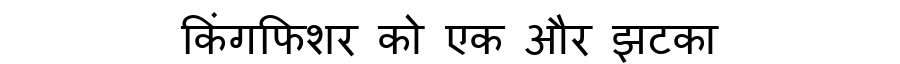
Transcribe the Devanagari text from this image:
किंगफिशर को एक और झटका